Scientific memoirs by medical officers of the Army of India - Part III,
Year: 1887
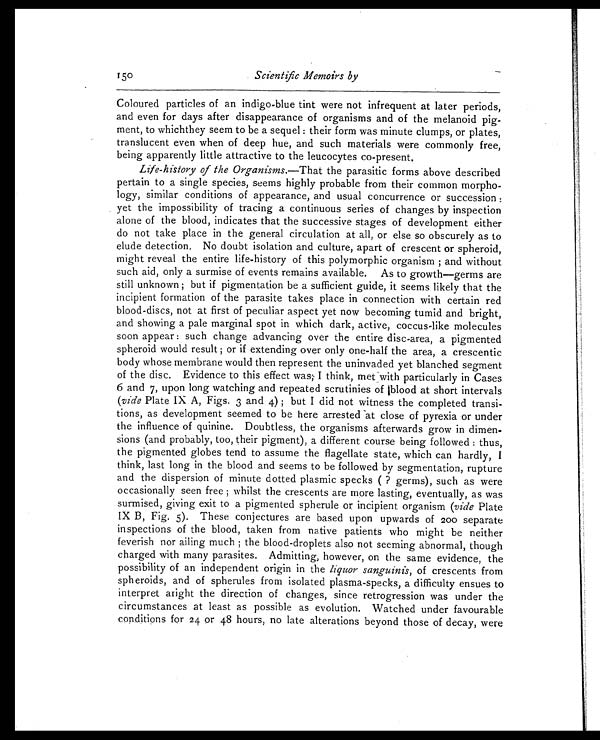
150
Scientific Memoirs by
Coloured particles of an indigo-blue tint were not infrequent at later periods,
and even for days after disappearance of organisms and of the melanoid pig-
ment, to whichthey seem to be a sequel : their form was minute clumps, or plates,
translucent even when of deep hue, and such materials were commonly free,
being apparently little attractive to the leucocytes co-present.
Life-history of the Organisms. —That the parasitic forms above described
pertain to a single species, seems highly probable from their common morpho-
logy, similar conditions of appearance, and usual concurrence or succession :
yet the impossibility of tracing a continuous series of changes by inspection
alone of the blood, indicates that the successive stages of development either
do not take place in the general circulation at all, or else so obscurely as to
elude detection. No doubt isolation and culture, apart of crescent or spheroid,
might reveal the entire life-history of this polymorphic organism ; and without
such aid, only a surmise of events remains available. As to growth—germs are
still unknown ; but if pigmentation be a sufficient guide, it seems likely that the
incipient formation of the parasite takes place in connection with certain red
blood-discs, not at first of peculiar aspect yet now becoming tumid and bright,
and showing a pale marginal spot in which dark, active, coccus-like molecules
soon appear : such change advancing over the entire disc-area, a pigmented
spheroid would result ; or if extending over only one-half the area, a crescentic
body whose membrane would then represent the uninvaded yet blanched segment
of the disc. Evidence to this effect was; I think, met with particularly in Cases
6 and 7, upon long watching and repeated scrutinies of blood at short intervals
(vide Plate IX A, Figs. 3 and 4) ; but I did not witness the completed transi-
tions, as development seemed to be here arrested at close of pyrexia or under
the influence of quinine. Doubtless, the organisms afterwards grow in dimen-
sions (and probably, too, their pigment), a different course being followed : thus,
the pigmented globes tend to assume the flagellate state, which can hardly, I
think, last long in the blood and seems to be followed by segmentation, rupture
and the dispersion of minute dotted plasmic specks ( ? germs), such as were
occasionally seen free ; whilst the crescents are more lasting, eventually, as was
surmised, giving exit to a pigmented spherule or incipient organism (vide Plate
IX B, Fig. 5). These conjectures are based upon upwards of 200 separate
inspections of the blood, taken from native patients who might be neither
feverish nor ailing much ; the blood-droplets also not seeming abnormal, though
charged with many parasites. Admitting, however, on the same evidence, the
possibility of an independent origin in the liquor sanguinis, of crescents from
spheroids, and of spherules from isolated plasma-specks, a difficulty ensues to
interpret aright the direction of changes, since retrogression was under the
circumstances at least as possible as evolution. Watched under favourable
conditions for 24 or 48 hours, no late alterations beyond those of decay, were